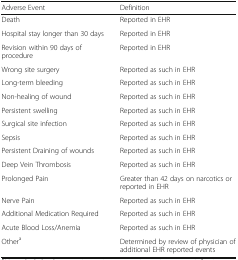
| Adverse Event | Definition |
 | --- | --- |
 | Death | Reported in EHR |
 | Hospital stay longer than 30 days | Reported in EHR |
 | Revision within 90 days of procedure | Reported in EHR |
 | Wrong site surgery | Reported as such in EHR |
 | Long-term bleeding | Reported as such in EHR |
 | Non-healing of wound | Reported as such in EHR |
 | Persistent swelling | Reported as such in EHR |
 | Surgical site infection | Reported as such in EHR |
 | Sepsis | Reported as such in EHR |
 | Persistent Draining of wounds | Reported as such in EHR |
 | Deep Vein Thrombosis | Reported as such in EHR |
 | Prolonged Pain | Greater than 42 days on narcotics or reported in EHR |
 | Nerve Pain | Reported as such in EHR |
 | Additional Medication Required | Reported as such in EHR |
 | Acute Blood Loss/Anemia | Reported as such in EHR |
 | Othera | Determined by review of physician of additional EHR reported events |